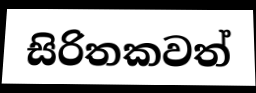
සිරිතකවත්